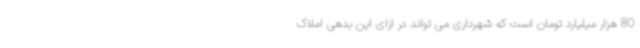
80 هزار میلیارد تومان است که شهرداری می تواند در ازای این بدهی املاک